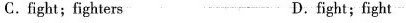
C.fight;fighters D.fight;fight